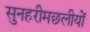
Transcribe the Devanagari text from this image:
सुनहरीमछलीयों